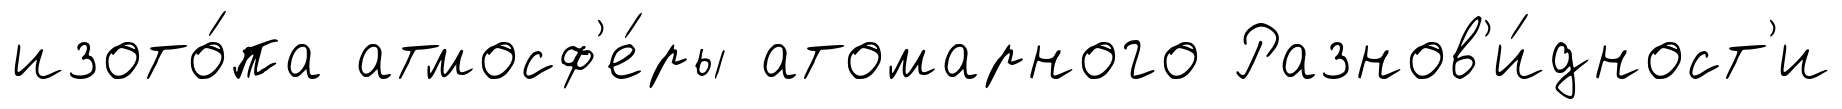
изото́па атмосф'е́ры атомарного Разнов'и́дност'и